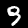
Label: 9